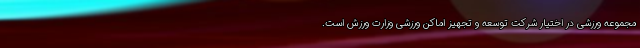
مجموعه ورزشی در اختیار شرکت توسعه و تجهیز اماکن ورزشی وزارت ورزش است.